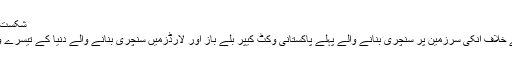
شکست پر اظہر علی نشانہ پر:
سرفرزا احمد انگلینڈ کے خلاف اُنکی سرزمین پر سنچری بنانے والے پہلے پاکستانی وکٹ کیپر بلے باز اور لارڈزمیں سنچری بنانے والے دُنیا کے تیسرے وکٹ کیپر بھی بن گئے۔